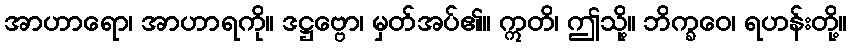
အာဟာရော၊ အာဟာရကို။ ဒဋ္ဌဗ္ဗော၊ မှတ်အပ်၏။ ဣတိ၊ ဤသို့။ ဘိက္ခဝေ၊ ရဟန်းတို့။